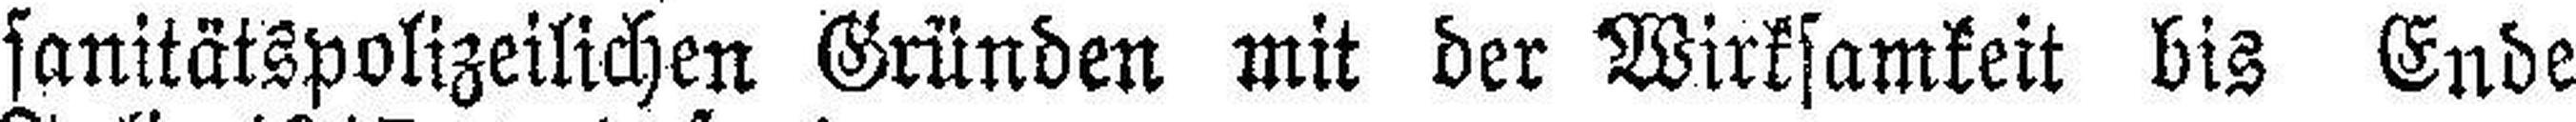
sanitätspolizeilichen Gründen mit der Wirksamkeit bis Ende